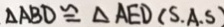
\Delta A B D \cong \Delta A E D ( S . A . S )